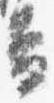
盃